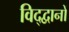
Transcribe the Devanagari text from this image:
विद्द्वानों